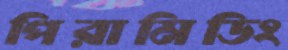
পিরামিডিং